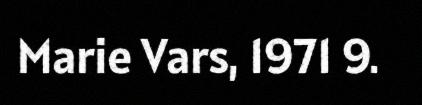
Marie Vars, 1971 9.